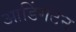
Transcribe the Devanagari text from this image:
आडिंगटन